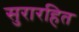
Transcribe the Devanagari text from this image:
सुरारहित